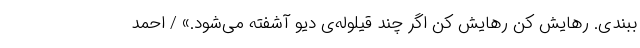
ببندی. رهایش کن رهایش کن اگر چند قیلوله‌ی دیو آشفته می‌شود.» / احمد